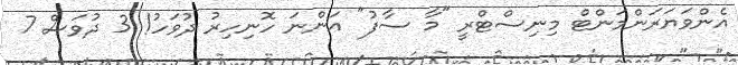
އެންވަޔަރަންމަންޓް މިނިސްޓްރީ "މާ ސާފު" އަންނަ ހޮނިހިރު ދުވަހު! 3 ދުވަސް 7